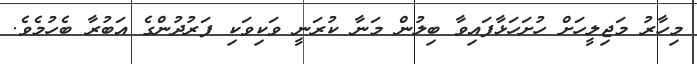
މިހާރު މަޖިލީހަށް ހުށަހަޅާފައިވާ ބިލުން މަނާ ކުރަނީ ވަކިވަކި ފަރުދުންގެ އަބުރާ ބެހުމެވެ.